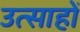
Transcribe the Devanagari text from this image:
उत्साहों